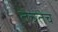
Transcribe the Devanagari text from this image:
तेचतेच